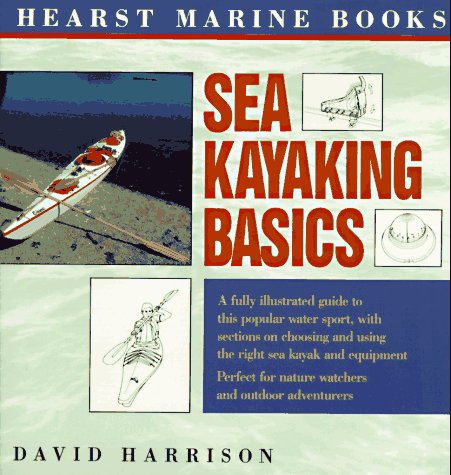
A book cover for Sea Kayaking Basics; David  Harrison; Sports & Outdoors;